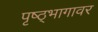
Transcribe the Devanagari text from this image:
पृष्ठ्भागावर